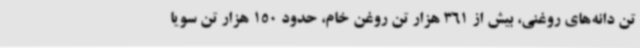
تن دانه‌های روغنی، بیش از 361 هزار تن روغن خام، حدود 150 هزار تن سویا